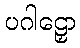
ပဂါဠှော